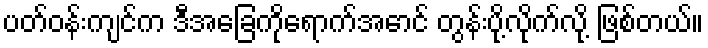
ပတ်ဝန်းကျင်က ဒီအခြေကိုရောက်အောင် တွန်းပို့လိုက်လို့ ဖြစ်တယ်။